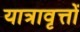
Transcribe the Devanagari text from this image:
यात्रावृत्तों